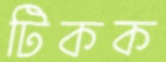
টিকক